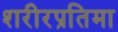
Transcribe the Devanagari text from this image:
शरीरप्रतिमा